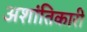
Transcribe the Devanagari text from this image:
अशांतिकारी